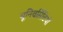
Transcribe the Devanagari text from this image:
यूनिवर्सिटियों